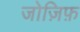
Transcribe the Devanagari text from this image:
जोज़िफ़